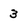
Character: 3